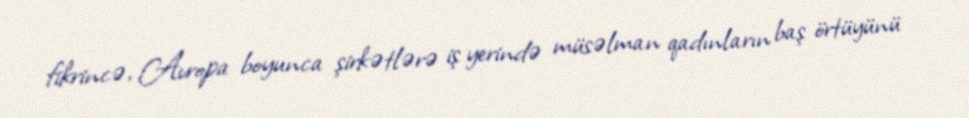
fikrincə, Avropa boyunca şirkətlərə iş yerində müsəlman qadınların baş örtüyünü